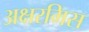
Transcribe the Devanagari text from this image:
अक्षरमिस